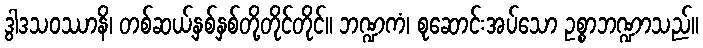
ဒွါဒသဝဿာနိ၊ တစ်ဆယ့်နှစ်နှစ်တို့တိုင်တိုင်။ ဘဏ္ဍကံ၊ စုဆောင်းအပ်သော ဥစ္စာဘဏ္ဍာသည်။